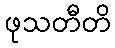
ဖုသတီတိ